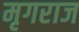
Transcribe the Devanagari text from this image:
मृगराज